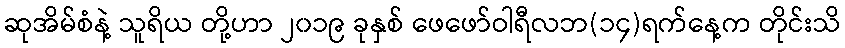
ဆုအိမ်စံနဲ့ သူရိယ တို့ဟာ ၂၀၁၉ ခုနှစ် ဖေဖော်ဝါရီလဘ(၁၄)ရက်နေ့က တိုင်းသိ